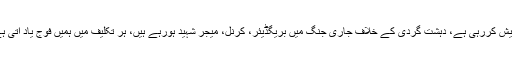
اُن کا کہنا تھا کہ یہ وردی اپنی جانوں کا نذرانہ پیش کررہی ہے، دہشت گردی کے خلاف جاری جنگ میں بریگڈیئر، کرنل، میجر شہید ہورہے ہیں، ہر تکلیف میں ہمیں فوج یاد آتی ہے مگر پھر بھی اسی کے خلاف باتیں کرتے ہیں۔